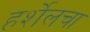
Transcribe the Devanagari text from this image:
हर्शेलचा